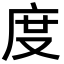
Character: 度